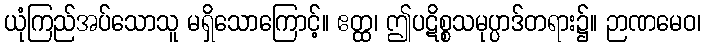
ယုံကြည်အပ်သောသူ မရှိသောကြောင့်။ ဧတ္ထ၊ ဤပဋိစ္စသမုပ္ပာဒ်တရား၌။ ဉာဏမေဝ၊